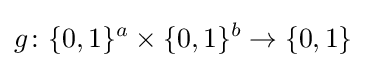
g\colon \{0,1\}^{a}\times \{0,1\}^{b}\to \{0,1\}